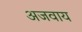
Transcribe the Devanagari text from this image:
अजवाय